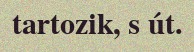
tartozik, s út.